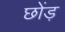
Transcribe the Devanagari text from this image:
छोंड़